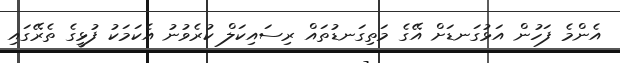
އެންމެ ފަހުން އަޅުގަނޑަށް އޭގެ މަތިގަނޑުތައް ރިސައިކަލް ކުރެވުނު އެކަމަކު ފުޅީގެ ތެރޭގައި